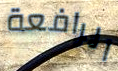
الرافعة